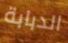
الدبابة